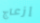
إزعاج